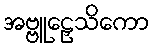
အဗ္ဗူဠှေသိကော